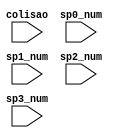
module colisionDecoder(colisao, sp0_num, sp1_num, sp2_num, sp3_num, );

input [5:0] colisao;
input [5:0] sp0_num, sp1_num, sp2_num, sp3_num;



endmodule